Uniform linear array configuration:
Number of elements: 8
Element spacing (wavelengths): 0.25
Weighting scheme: binomial
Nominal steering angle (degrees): -60
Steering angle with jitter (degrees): -61.661
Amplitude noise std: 0.05
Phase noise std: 0.05

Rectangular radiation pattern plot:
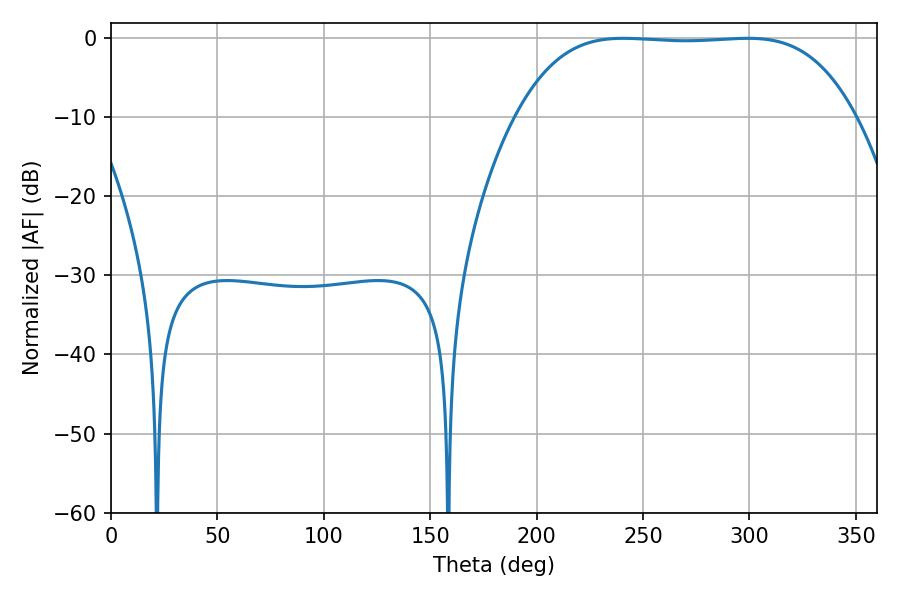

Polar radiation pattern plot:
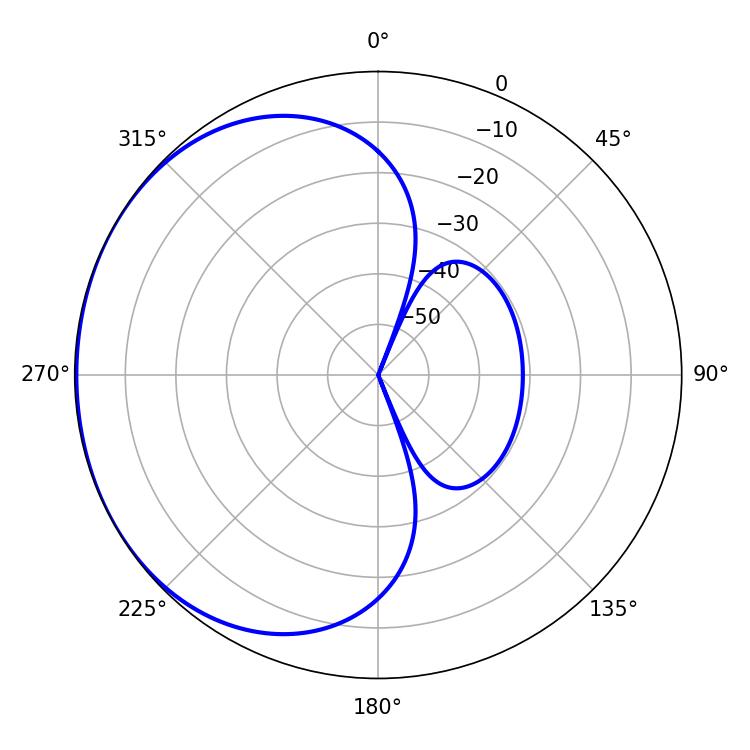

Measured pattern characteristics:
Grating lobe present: FALSE
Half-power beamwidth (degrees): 122.76
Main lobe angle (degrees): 240.84